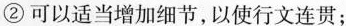
②可以适当增加细节，以使行文连贯；